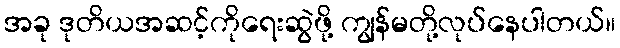
အခု ဒုတိယအဆင့်ကိုရေးဆွဲဖို့ ကျွန်မတို့လုပ်နေပါတယ်။